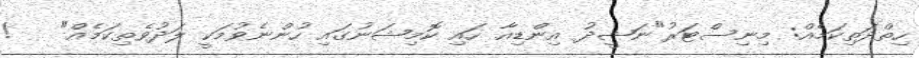
ހިތްދަތިކަމެއް: މިނިސްޓަރު"ނަޝީދު އިންޑިއާ ހައި ކޮމިޝަނުގައި ހުންނެވުމަކީ ލަދުވެތިކަމެއް"   !